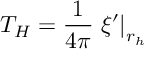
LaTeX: T _ { H } = \frac { 1 } { 4 \pi } \left. \xi ^ { \prime } \right| _ { r _ { h } }